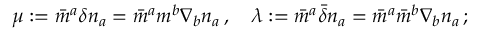
\mu : = { \bar { m } } ^ { a } \delta n _ { a } = { \bar { m } } ^ { a } m ^ { b } \nabla _ { b } n _ { a } \, , \quad \lambda : = { \bar { m } } ^ { a } { \bar { \delta } } n _ { a } = { \bar { m } } ^ { a } { \bar { m } } ^ { b } \nabla _ { b } n _ { a } \, ;